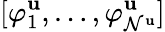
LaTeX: [{\varphi}_{1}^{\mathbf{u}},\dots,{\varphi}_{\mathcal{{N}}^{\mathbf{u}}}^{\mathbf{u}}]